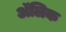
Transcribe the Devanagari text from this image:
अॅलिक